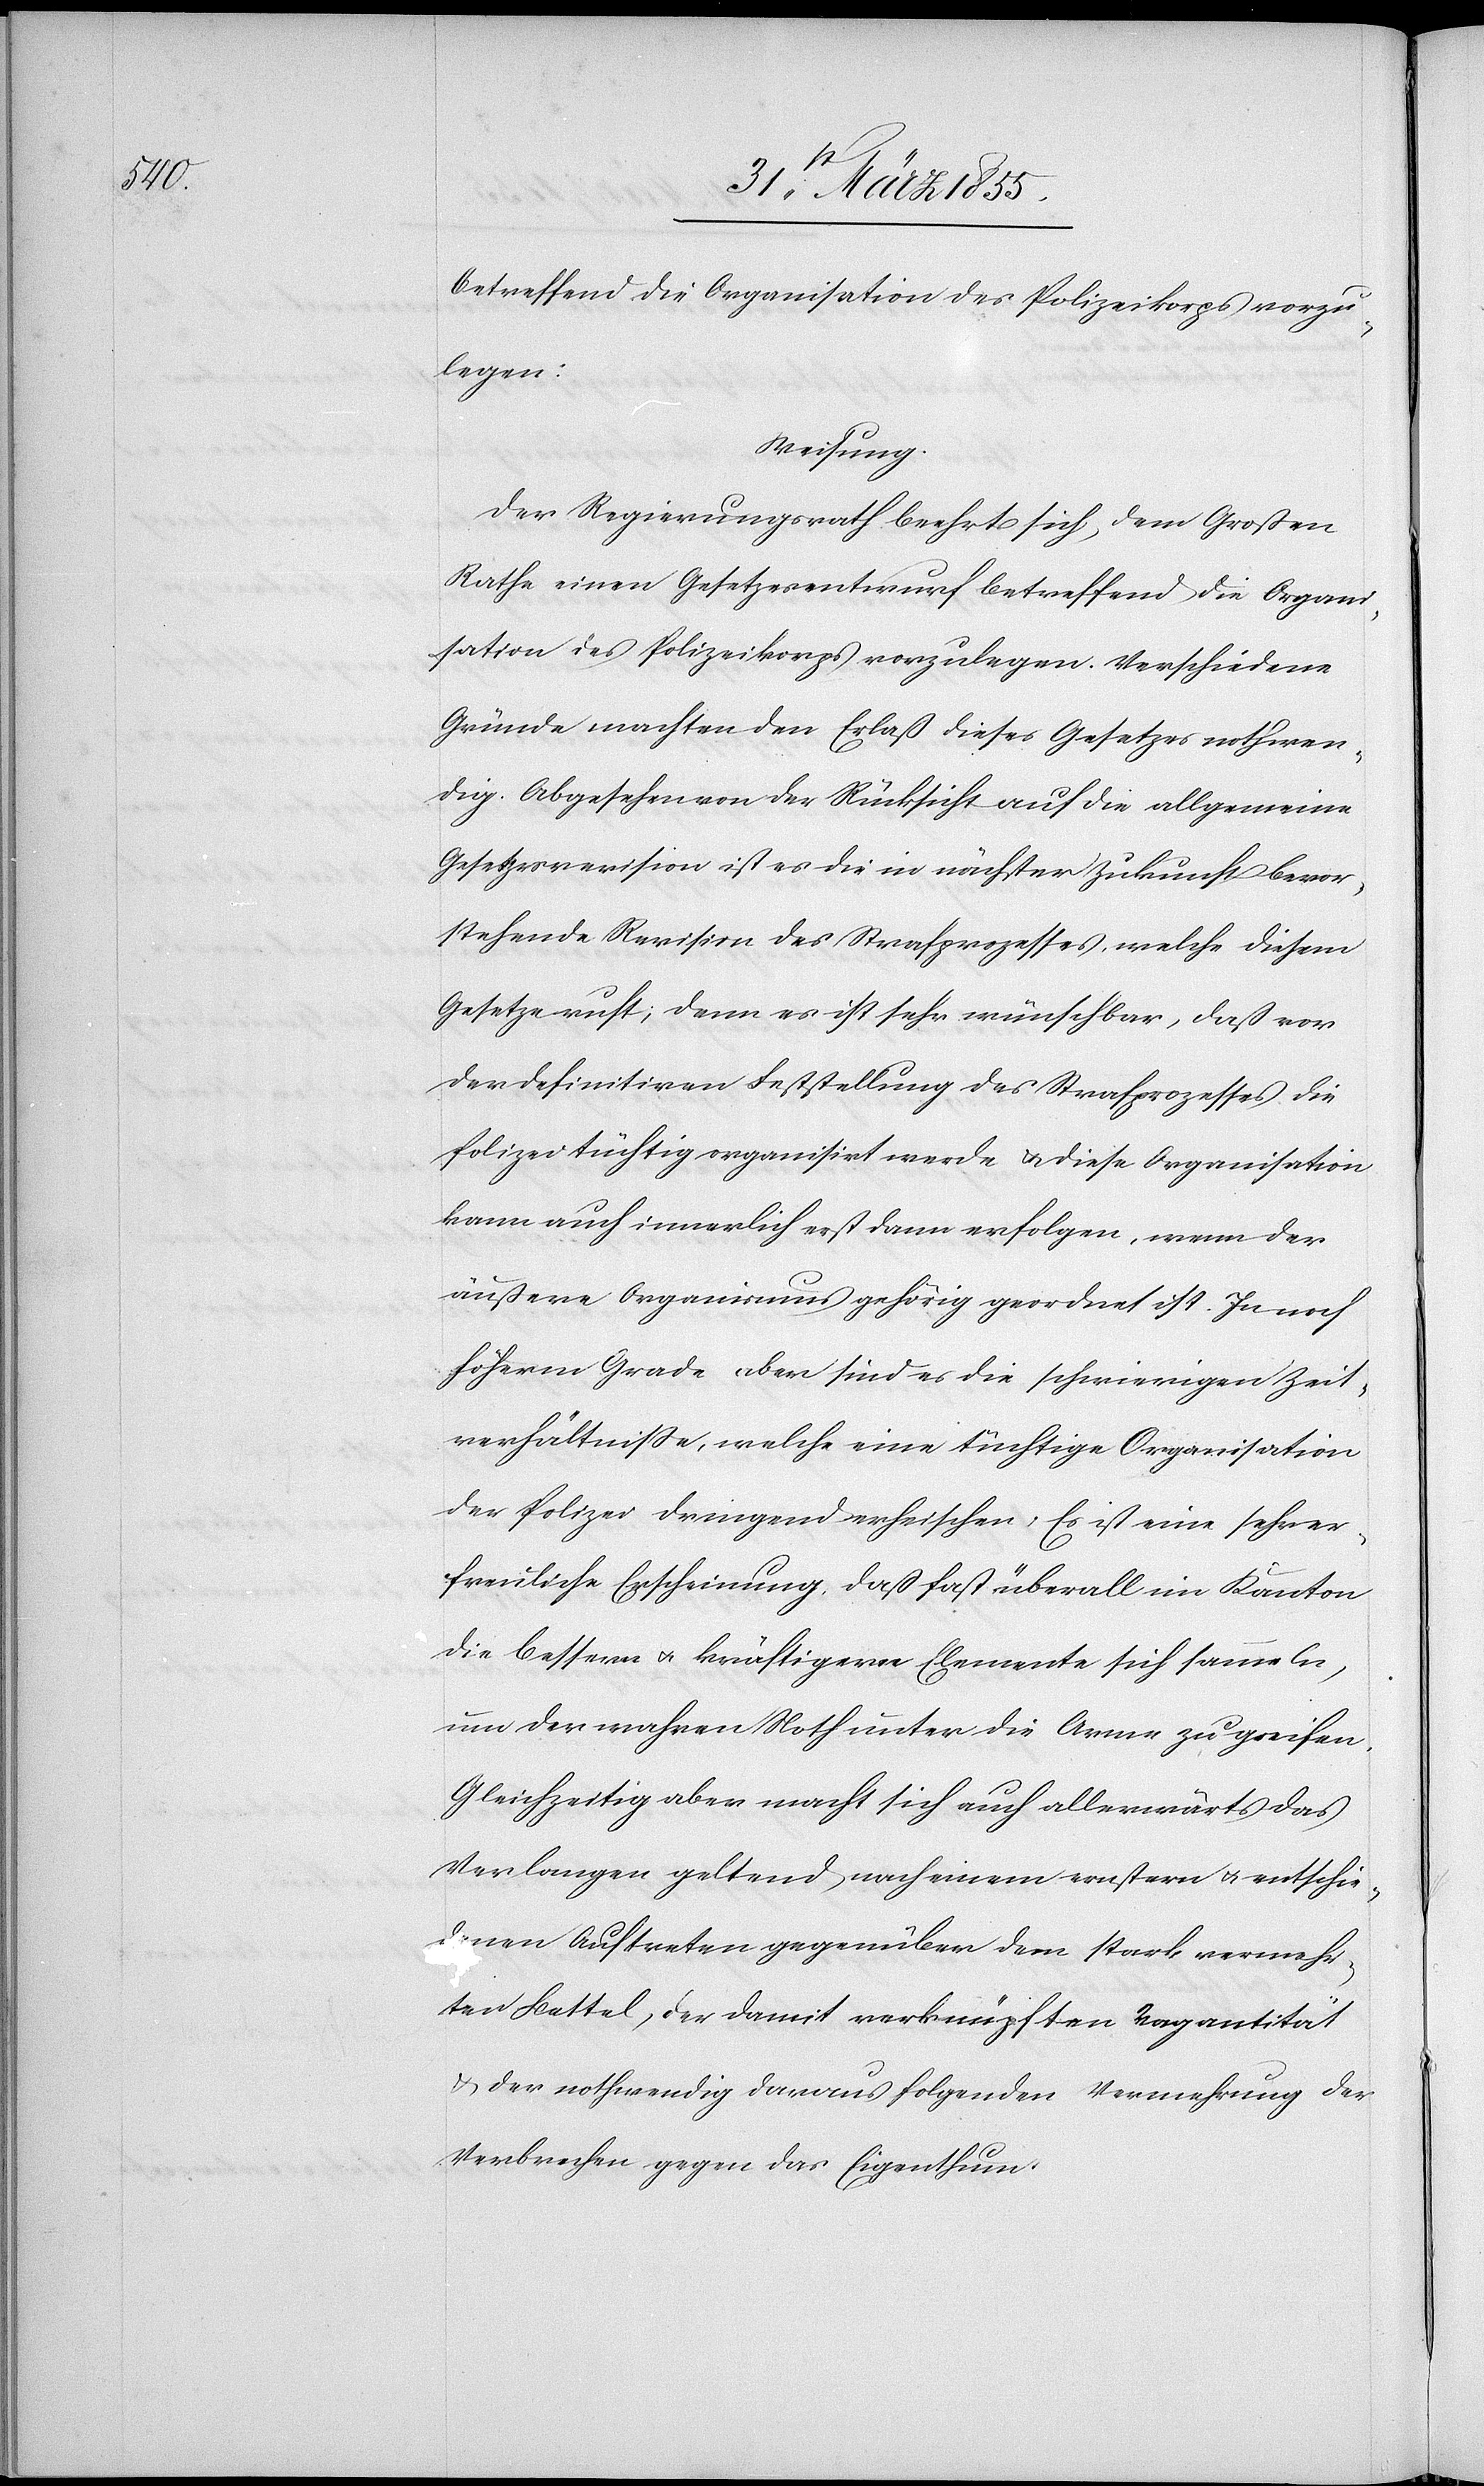
betreffend die Organisation des Polizeikorps vorzu¬
legen:
Weisung:
Der Regierungsrath beehrt sich, dem Großen
Rathe einen Gesetzesentwurf betreffend die Organi¬
sation des Polizeikorps vorzulegen. Verschiedene
Gründe machten den Erlaß dieses Gesetzes nothwen¬
dig. Abgesehen von der Rücksicht auf die allgemeine
Gesetzesrevision ist es die in nächster Zukunft bevor¬
stehende Revision des Strafprozesses, welche diesem
Gesetze ruft; denn es ist sehr wünschbar, daß vor
der definitiven Feststellung des Strafprozesses die
Polizei tüchtig organisirt werde & diese Organisation
kann auch innerlich erst dann erfolgen, wenn der
äußere Organismus gehörig geordnet ist. In noch
höherm Grade aber sind es die schwierigen Zeit¬
verhältnisse, welche eine tüchtige Organisation
der Polizei dringend erheischen. Es ist eine sehr er¬
freuliche Erscheinung, daß fast überall im Kanton
die bessern & kräftigern Elemente sich sammeln,
um der wahren Noth unter die Arme zu greifen.
Gleichzeitig aber macht sich auch allerwärts das
Verlangen geltend nach einem ernstern & entschie¬
denen Auftreten gegenüber dem stark vermehr¬
ten Bettel, der damit verknüpften Vagantität
& der nothwendig daraus folgenden Vermehrung der
Verbrechen gegen das Eigenthum.